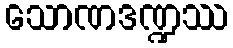
သောဏဒဏ္ဍဿ